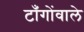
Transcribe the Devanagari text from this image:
टाँगोंवाले